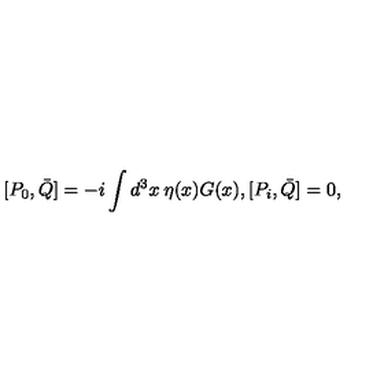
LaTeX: [ P _ { 0 } , \bar { Q } ] = - i \int d ^ { 3 } x \: \eta ( x ) G ( x ) , [ P _ { i } , \bar { Q } ] = 0 ,